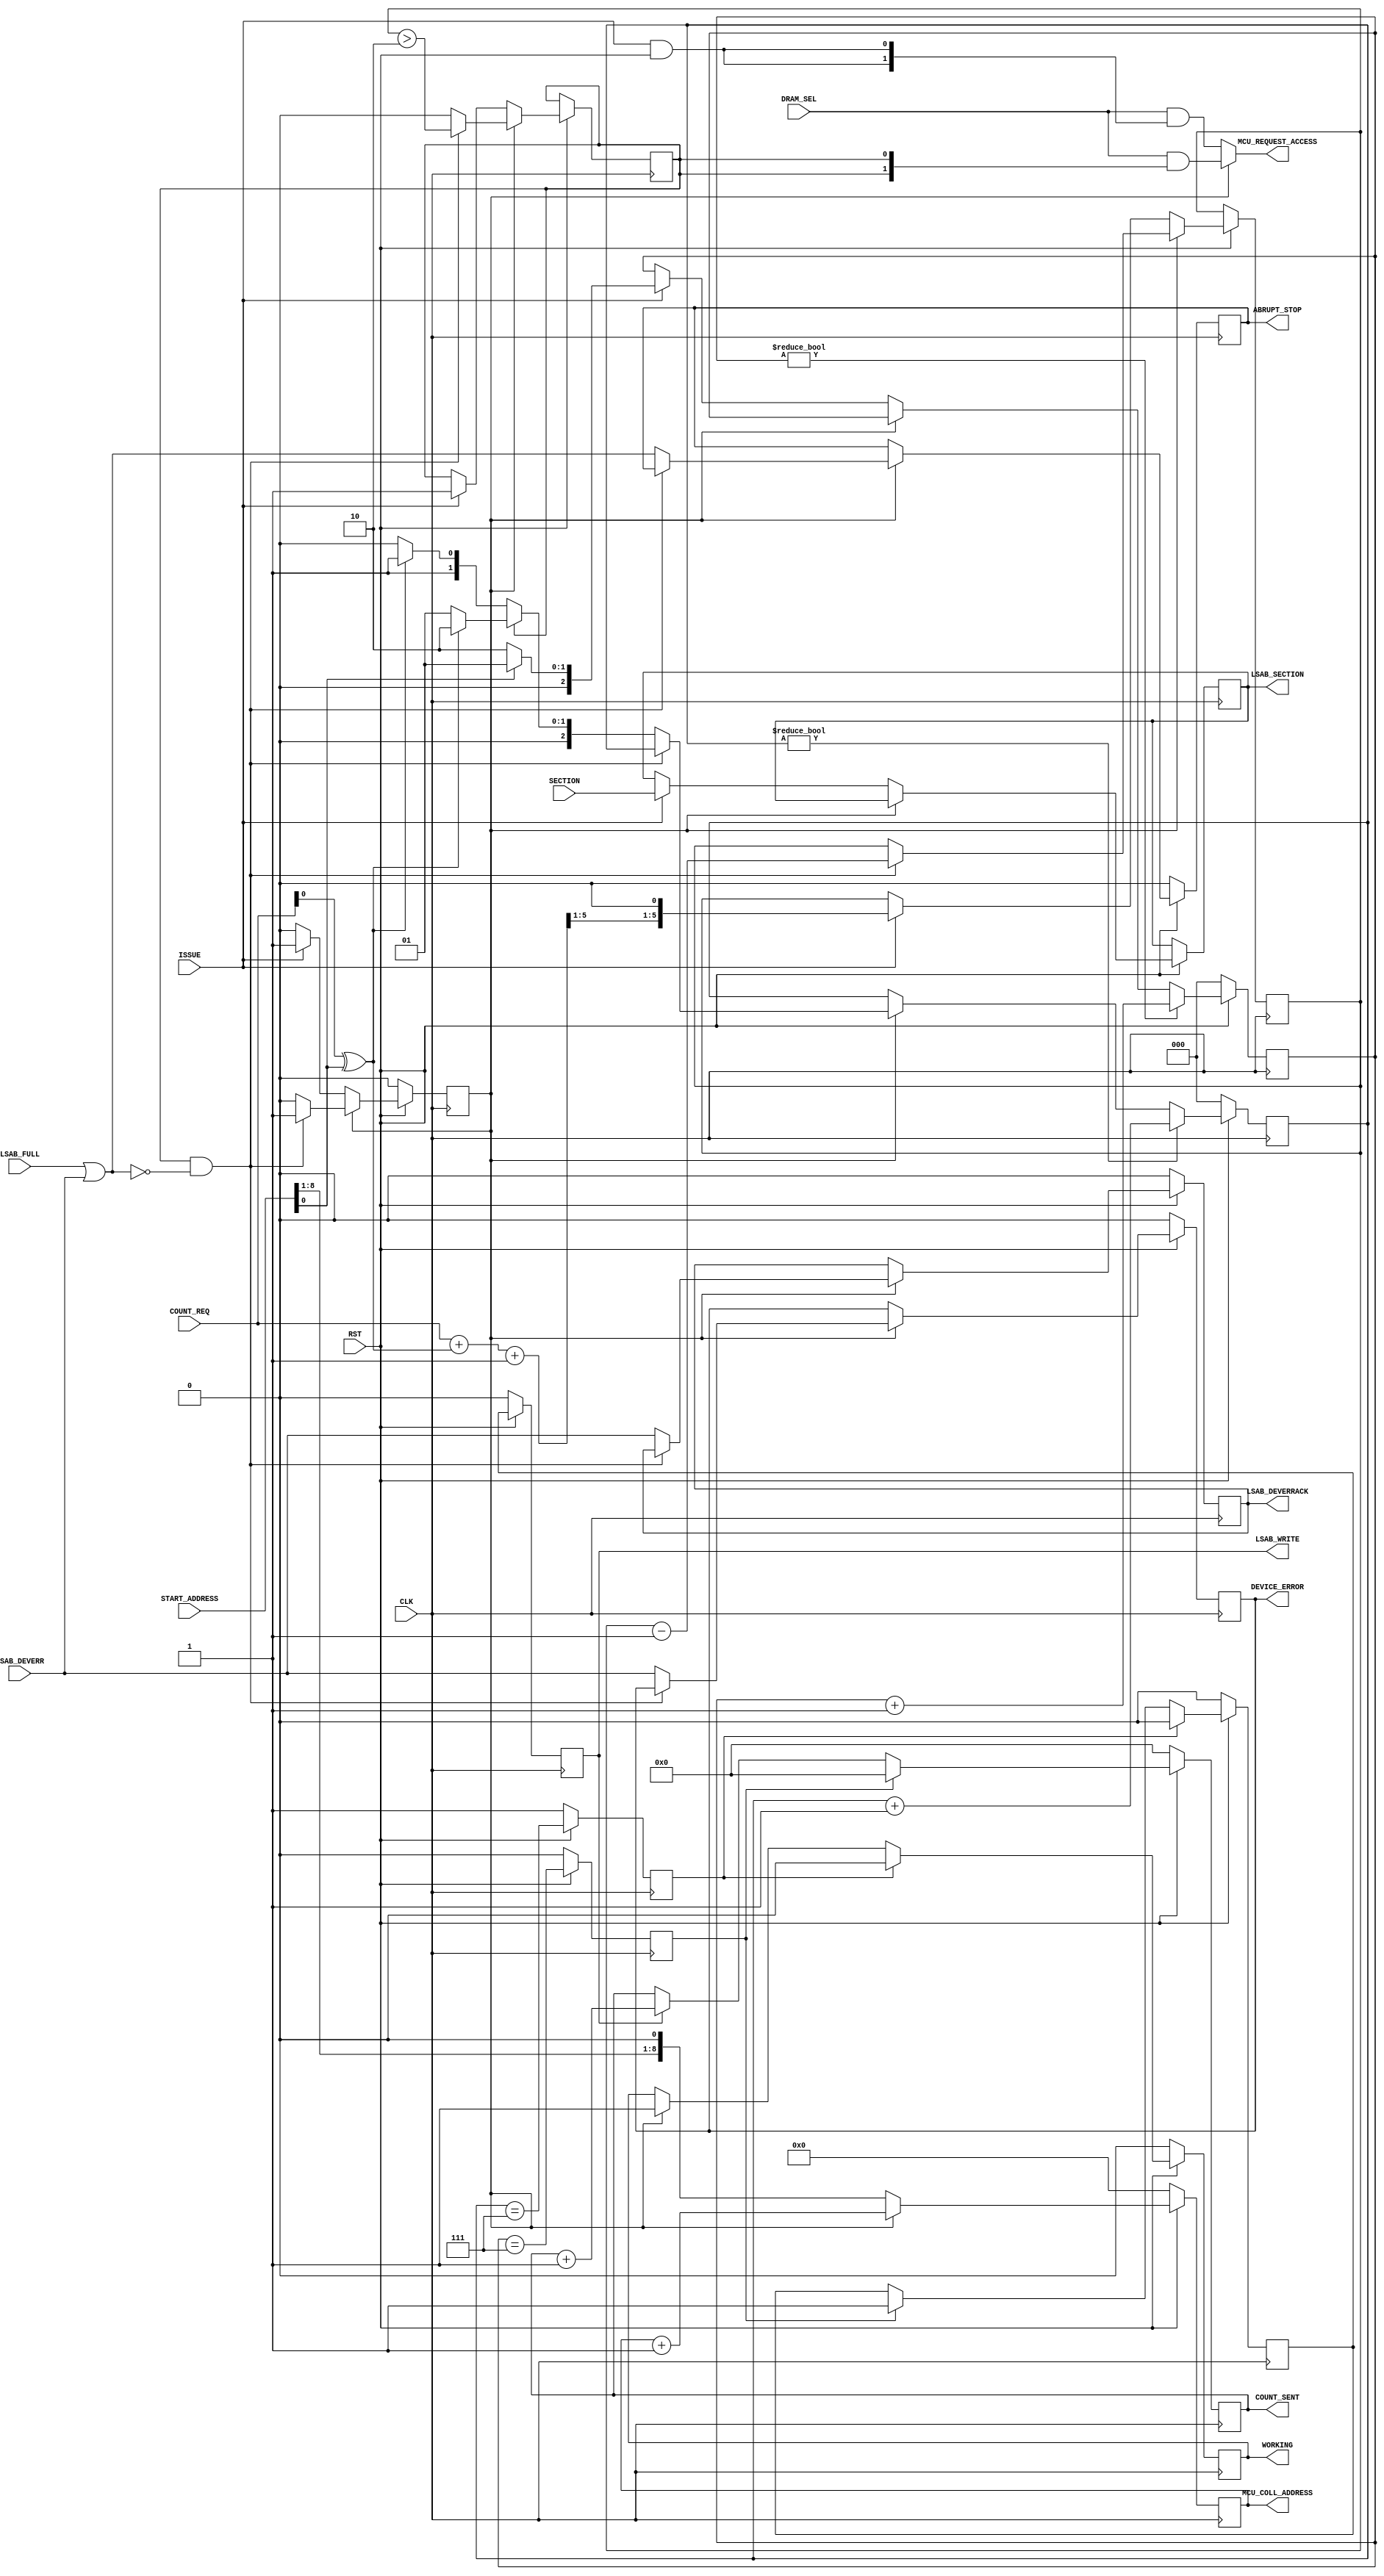
module hyper_mvblck_frdram(input CLK,
			   input 	    RST,
			   /* begin LSAB */
			   input 	    LSAB_FULL,
			   input 	    LSAB_DEVERR,
			   output 	    LSAB_DEVERRACK,
			   // -----------------------
			   output 	    LSAB_WRITE,
			   output reg [1:0] LSAB_SECTION,
			   // -----------------------
			   /* begin DRAM */
			   input [8:0] 	    START_ADDRESS,
			   input [5:0] 	    COUNT_REQ,
			   input [1:0] 	    SECTION,
			   input [1:0] 	    DRAM_SEL,
			   input 	    ISSUE,
			   output reg [5:0] COUNT_SENT,
			   output 	    WORKING,
			   output reg 	    ABRUPT_STOP,
			   output reg 	    DEVICE_ERROR,
			   // -----------------------
			   output [8:0]     MCU_COLL_ADDRESS,
			   output [1:0]     MCU_REQUEST_ACCESS);
  reg [8:0] 				    MCU_COLL_ADDRESS = 9'd0;
  reg 					    LSAB_WRITE = 1'b0,
					    WORKING = 1'b0,
					    LSAB_DEVERRACK = 1'b0;

  reg 					     am_working = 1'b0,
					     read_more,
					     release_trigger = 1'b1,
					     we_trigger = 1'b0,
					     LSAB_WRITE_pre = 1'b0;
  reg [2:0] 				     we_counter = 3'd0,
					     release_counter = 3'd0;
  reg [5:0] 				     len_left;

  wire 					     uneven_len,
					     abrupt_stop_n;
  wire [5:0] 				     compute_len, assign_len;

  /* This signal used to be a normal, proper register whose logic was
   * easy to follow. But then I started using multiple movers against a
   * single MCU and thus needed to OR all their requests for access. To
   * maintian the speed requirements, I now need to assert and deassert
   * request signals one cycle earlier then I normally would.
   * For the easy-to-read variant, look back in the git repository. */
  assign MCU_REQUEST_ACCESS = am_working ?
			      (DRAM_SEL & {(2){read_more}}) :
			      (DRAM_SEL & {(2){(ISSUE && RST)}});

  /* Formula tested on paper.
   * May not fit in 3 LUT4s, depending on just
   * how (non)aggresive the optimizer is. */
  assign uneven_len = COUNT_REQ[0] ^ START_ADDRESS[0];
  assign compute_len = COUNT_REQ + {5'h0,uneven_len} + 1;
  assign assign_len = {compute_len[5:1],1'b0};

  assign abrupt_stop_n = !(LSAB_FULL || LSAB_DEVERR);

  always @(posedge CLK)
    if (!RST)
      begin
	LSAB_WRITE <= 0; LSAB_WRITE_pre <= 0;
	we_counter <= 0; release_counter <= 0;
	release_trigger <= 1; we_trigger <= 0;
	WORKING <= 0; am_working <= 0;
	MCU_COLL_ADDRESS <= 0; COUNT_SENT <= 0;
	LSAB_DEVERRACK <= 0;
	DEVICE_ERROR <= 0; ABRUPT_STOP <= 0;
      end
    else
      begin
	if (! am_working)
	  begin
	    MCU_COLL_ADDRESS <= {START_ADDRESS[8:1],1'b0};

	    if (ISSUE)
	      begin
		am_working <= 1;
		len_left <= assign_len;
		read_more <= 1;

		LSAB_SECTION <= SECTION;

		if (START_ADDRESS[0])
		  we_counter <= 3'h1;
		else
		  we_counter <= 3'h2;
	      end // if (ISSUE)
	  end
	else
	  begin
	    MCU_COLL_ADDRESS <= MCU_COLL_ADDRESS +1;

	    if (read_more && abrupt_stop_n)
	      begin
		len_left <= len_left -1;
		read_more <= (len_left > 6'h2);
	      end
	    else
	      begin
		ABRUPT_STOP <= !abrupt_stop_n;
		DEVICE_ERROR <= LSAB_DEVERR;
		LSAB_DEVERRACK <= LSAB_DEVERR;

		am_working <= 0;
		read_more <= 0;
		if (! read_more)
		  begin
		    if (uneven_len)
		      release_counter <= 3'h3; // CAUTION! Leaves a bit
		                               //          of pollution.
		    else
		      release_counter <= 3'h2;
		  end
		else
		  begin
		    /* Also requires LSAB to assert
		     * the `I'm full' signal with AT LEAST 8 words
		     * left to go. */
		    /* This (woobly release counters) works because the
		     * fact we are in this branch proves the block mover
		     * was having the intention of moving AT LEAST 1 word
		     * before the full signal was asserted. To control for
		     * the option of a very bad edge case, we keep the
		     * MCU_REQUEST_ACCESS asserted for one more cycle. We
		     * the behave (regarding release_counter) the same as
		     * we would if we were going to read an additional
		     * word. */
		    if (uneven_len)
		      release_counter <= 3'h2; // Also pollutes a bit.
		    else
		      release_counter <= 3'h1;
		  end
	      end // else: !if(read_more)
	  end // else: !if(! am_working)

	if (release_trigger)
	  begin
	    WORKING <= 0;
	    LSAB_WRITE_pre <= 0;
	  end
	else
	  begin
	    if (am_working)
	      WORKING <= 1;
	    if (we_trigger)
	      LSAB_WRITE_pre <= 1;
	  end
	LSAB_WRITE <= LSAB_WRITE_pre;

	if (we_trigger)
	  COUNT_SENT <= 0;
	else
	  if (LSAB_WRITE)
	    COUNT_SENT <= COUNT_SENT +1;

	release_trigger <= (release_counter == 3'h7);
	we_trigger <= (we_counter == 3'h7);


	/* The below two are VERY IMPORTANT! The counter MUST pass through
	 * the trigger condition! Otherwise, the circuit will be stuck,
	 * continously triggering either release or write enable. */
	if (release_counter != 0)
	  release_counter <= release_counter +1;

	if (we_counter != 0)
	  we_counter <= we_counter +1;
      end

endmodule